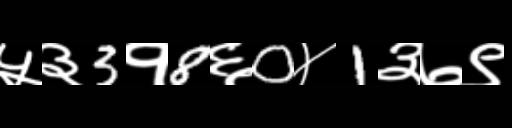
Text: ५३3१8६0४1३७९